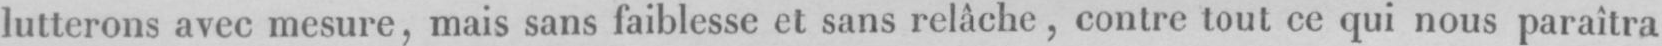
lutterons avec mesure, mais sans faiblesse et sans relâche, contre tout ce qui nous paraîtra